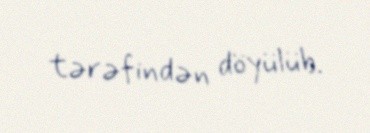
tərəfindən döyülüb.